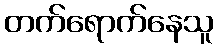
တက်ရောက်နေသူ